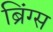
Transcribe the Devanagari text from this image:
ब्रिंग्स